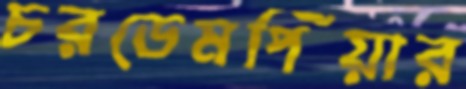
চরডেমপিয়ার